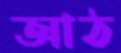
আঠ